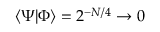
\langle \Psi \vert \Phi \rangle = 2 ^ { - N / 4 } \rightarrow 0